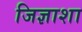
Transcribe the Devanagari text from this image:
जिज्ञाशा